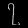
Digit: ၇